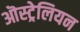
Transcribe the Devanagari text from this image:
ऒस्ट्रेलियन